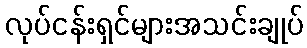
လုပ်ငန်းရှင်များအသင်းချုပ်